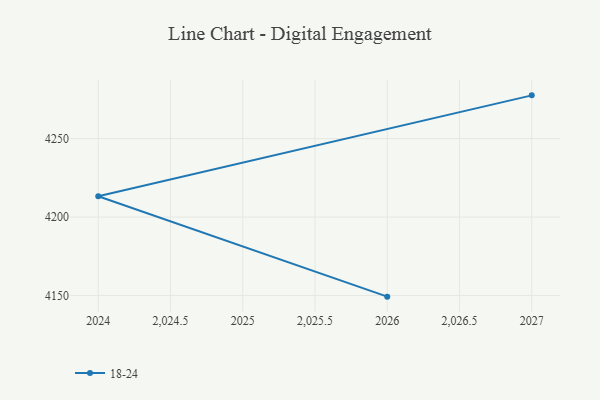
{"axis": {"x": "Year", "y": "Website Visitors"}, "legend": ["18-24"], "data": [{"x": "2027", "y": 4277.6, "type": "18-24"}, {"x": "2024", "y": 4213.3, "type": "18-24"}, {"x": "2026", "y": 4149.3, "type": "18-24"}]}